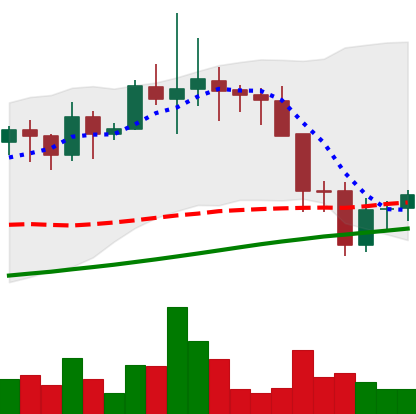
Ticker: LINK-USD
Chart end date: 2021-11-21
Forward return: -17.839%
Label: down_7plus